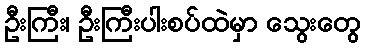
ဦးကြီး၊ ဦးကြီးပါးစပ်ထဲမှာ သွေးတွေ